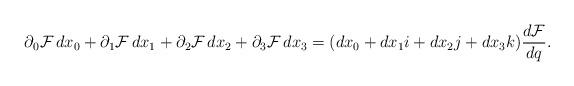
LaTeX: \begin{align*} \partial_0\mathcal{F}\,dx_0+\partial_1\mathcal{F}\,dx_1+\partial_2\mathcal{F}\,dx_2+\partial_3\mathcal{F}\,dx_3=(dx_0+dx_1i+dx_2j+dx_3k)\frac{d\mathcal{F}}{dq}.\end{align*}